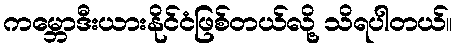
ကမ္ဘောဒီးယားနိုင်ငံဖြစ်တယ်လို့ သိရပါတယ်။